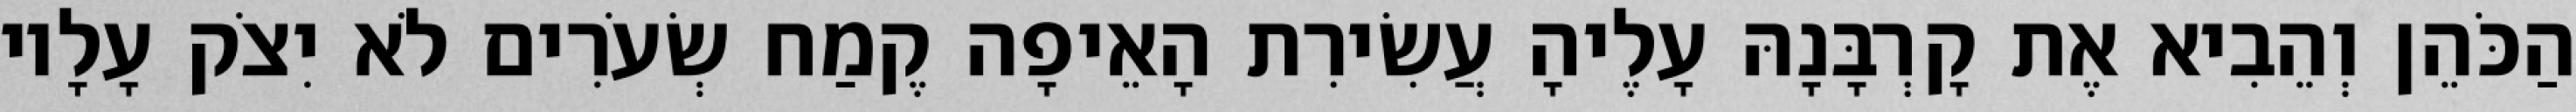
הַכֹּהֵן וְהֵבִיא אֶת קָרְבָּנָהּ עָלֶיהָ עֲשִׂירִת הָאֵיפָה קֶמַח שְׂעֹרִים לֹא יִצֹק עָלָיו